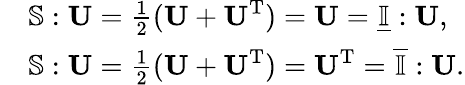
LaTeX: \begin{array}{rl}&{\mathbb{S}:\textbf{U}=\frac{1}{2}(\textbf{U}+\textbf{U}^{\mathrm{T}})=\textbf{U}=\underline{{\mathbb{I}}}:\textbf{U},}\\ &{\mathbb{S}:\textbf{U}=\frac{1}{2}(\textbf{U}+\textbf{U}^{\mathrm{T}})=\textbf{U}^{\mathrm{T}}=\overline{{\mathbb{I}}}:\textbf{U}.}\end{array}